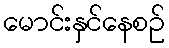
မောင်းနှင်နေစဉ်